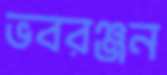
ভবরঞ্জন